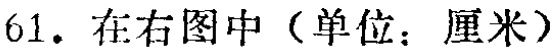
61. 在右图中（单位：厘米）